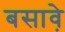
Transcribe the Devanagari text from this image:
बसावे़